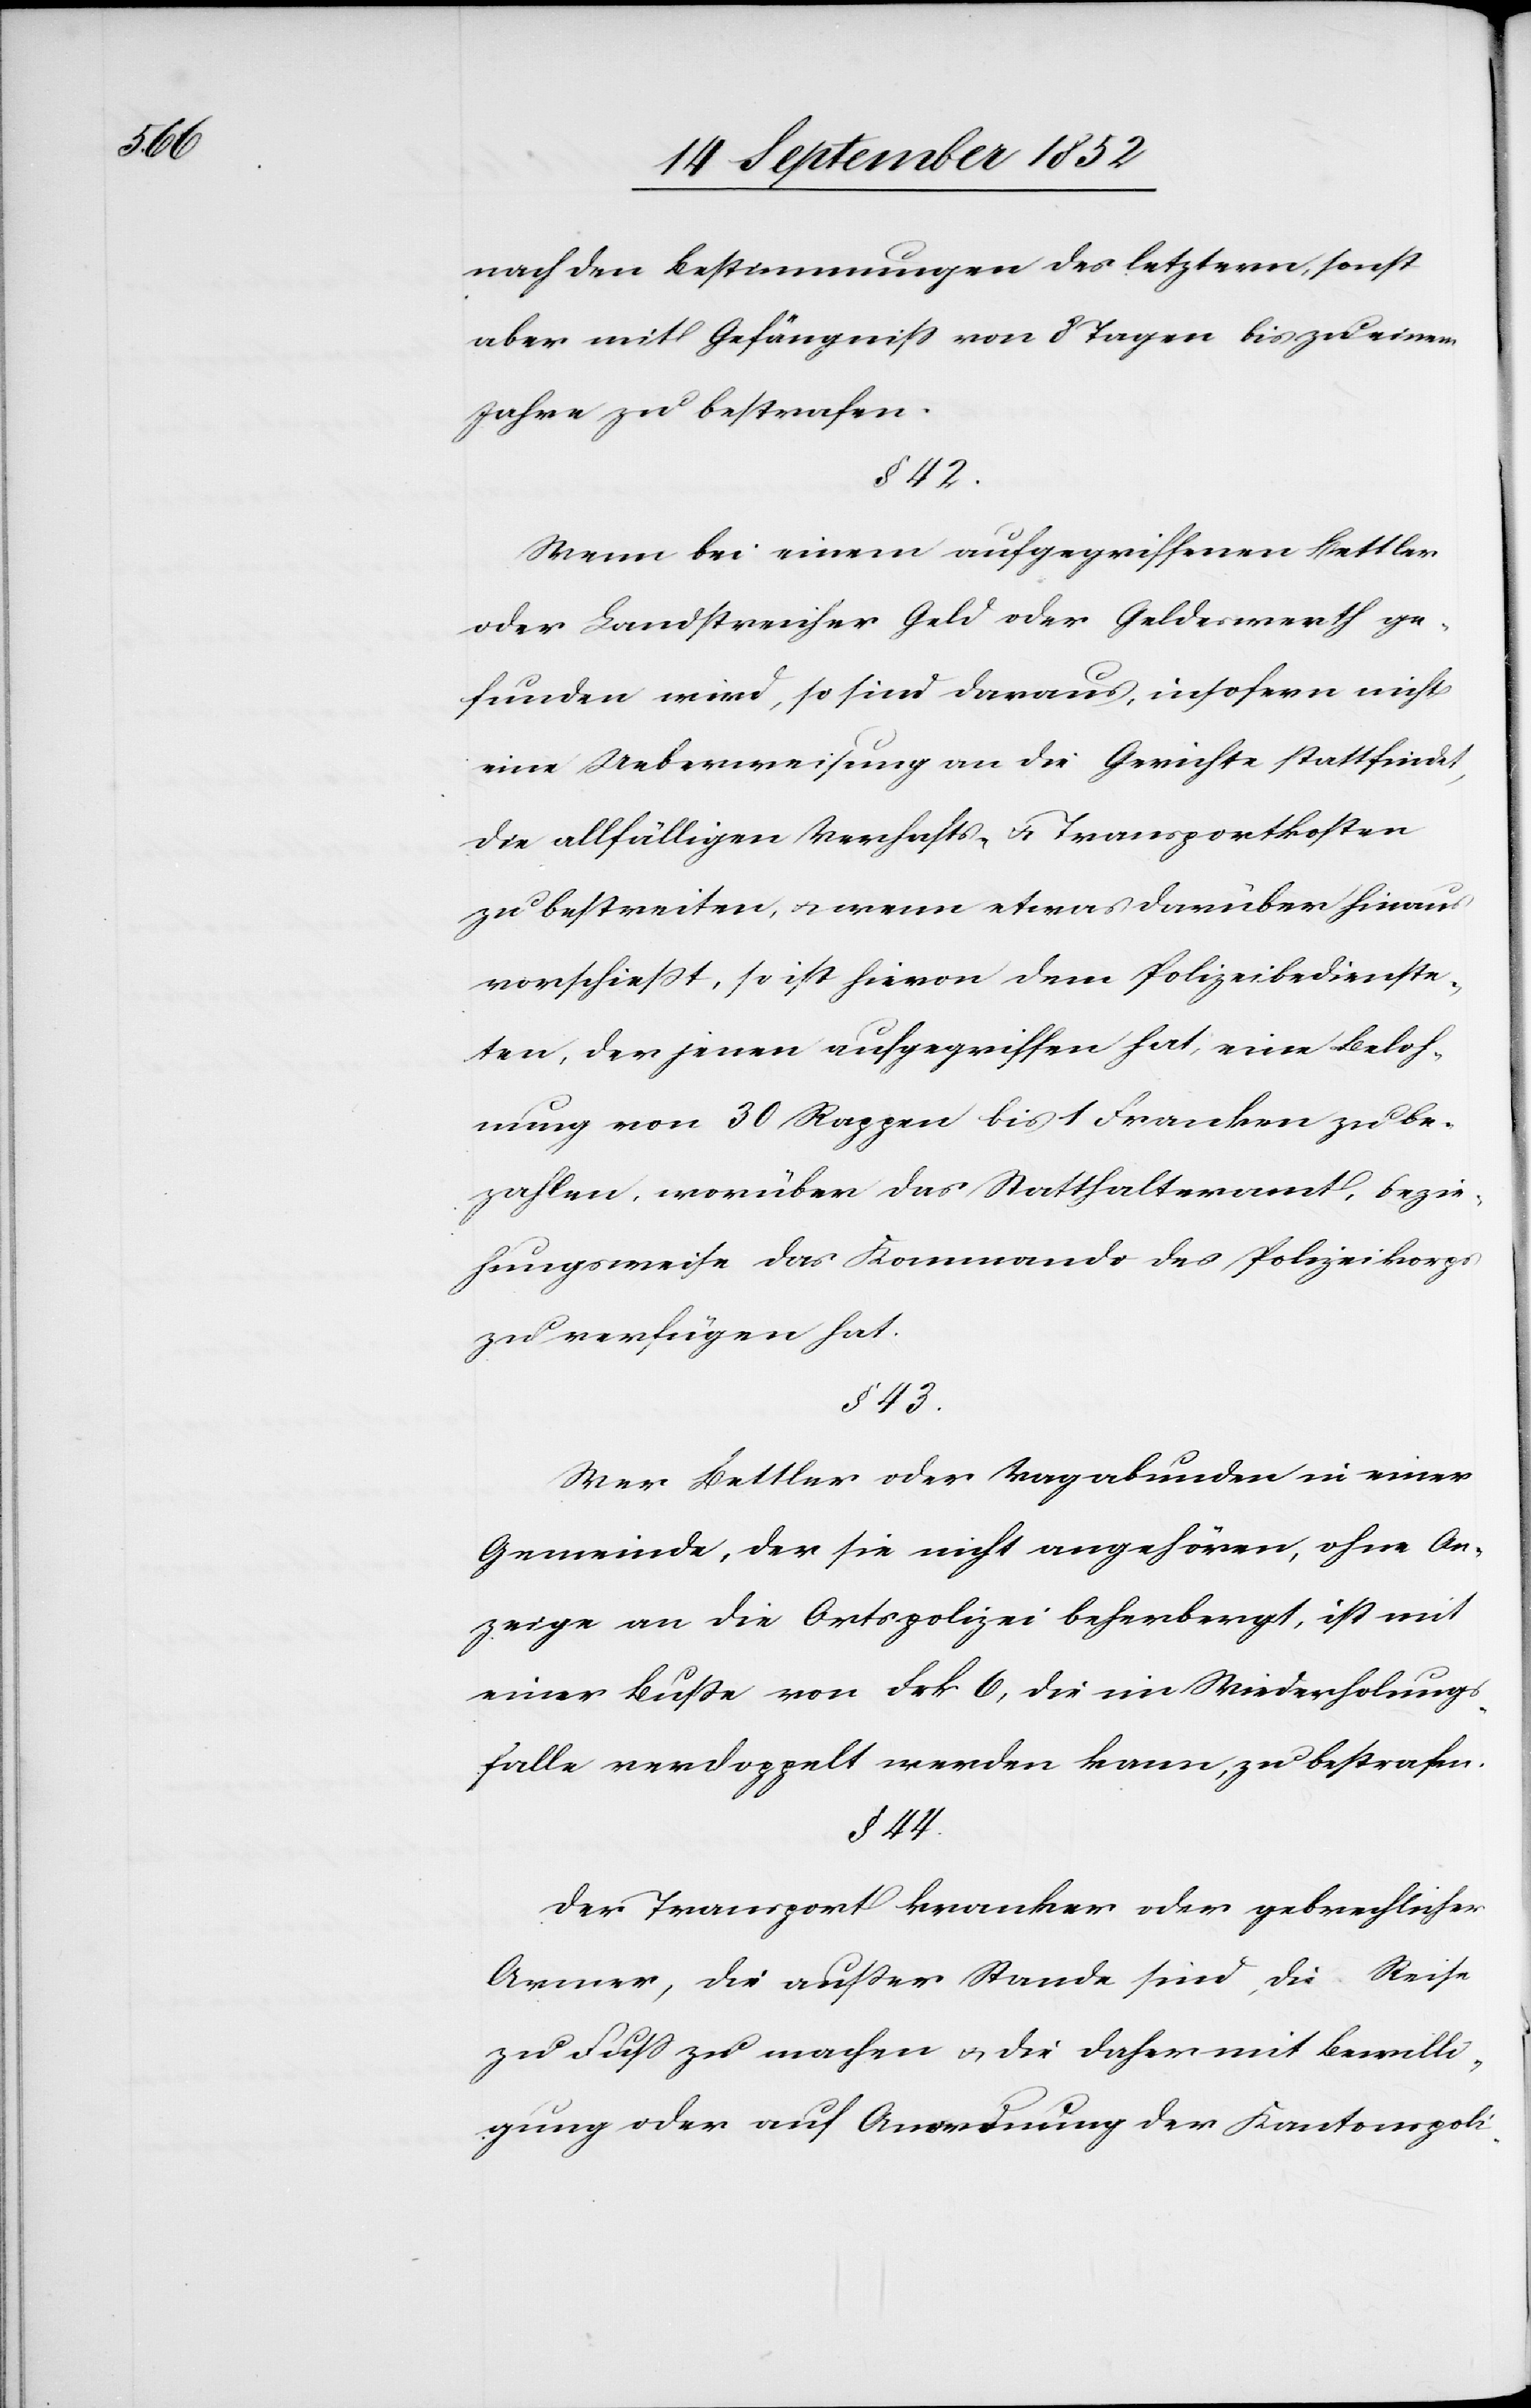
nach den Bestimmungen des letztern, sonst
aber mit Gefängniss von 8 Tagen bis zu einem
Jahre zu bestrafen.
§ 42.
Wenn bei einem aufgegriffenen Bettler
oder Landstreicher Geld oder Geldeswerth ge¬
funden wird, so sind daraus, insofern nicht
eine Ueberweisung an die Gerichte stattfindet,
die allfälligen Verhafts- & Transportkosten
zu bestreiten, & wenn etwas darüber hinaus
vorschießt, so ist hievon dem Polizeibedienste¬
ten, der jenen aufgegriffen hat, eine Beloh¬
nung von 30 Rappen bis 1 Franken zu be¬
zahlen, worüber das Statthalteramt, bezie¬
hungsweise das Kommando des Polizeikorps
zu verfügen hat.
§ 43.
Wer Bettler oder Vagabunden in einer
Gemeinde, der sie nicht angehören, ohne An¬
zeige an die Ortspolizei beherbergt, ist mit
einer Buße von Frk 6, die im Wiederholungs¬
falle verdoppelt werden kann, zu bestrafen.
§ 44.
Der Transport kranker oder gebrechlicher
Armer, die außer Stande sind, die Reise
zu Fuss zu machen & die daher mit Bewilli¬
gung oder auf Anordnung der Kantonspoli-